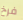
فرخ